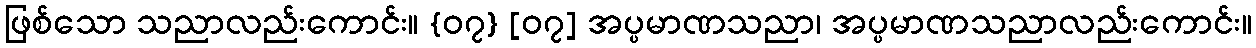
ဖြစ်သော သညာလည်းကောင်း။ {၀၇} [၀၇] အပ္ပမာဏသညာ၊ အပ္ပမာဏသညာလည်းကောင်း။